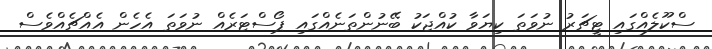
ސްކޫލެއްގައި ޓީޗަރު ނުވަތަ ކިޔަވާ ކުއްޖަކު ބޭނުންތަނެއްގައި ޕޯސްޓަރެއް ނުވަތަ އެހެން އެއްޗެއްވެސް